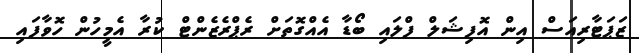
ޒަޕަޓާރިއަސް އިން އޮފިޝަލް ފްލައި ބޯޑާ އެއްގޮތަށް ރެޕްރެޒެންޓް ކުރާ އެމީހުން ހޮވާފައި